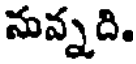
నువ్నది.